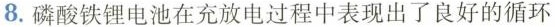
8.磷酸铁锂电池在充放电过程中表现出了良好的循环